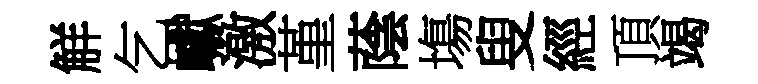
觧乞巘激堇蔭塲叟經頂竭